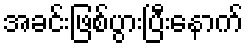
အခင်းဖြစ်ပွားပြီးနောက်